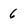
Character: 6